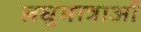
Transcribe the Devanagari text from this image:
लघुमात्राओं